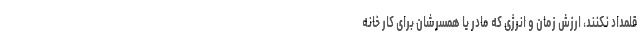
قلمداد نکنند، ارزش زمان و انرژی که مادر یا همسرشان برای کار خانه